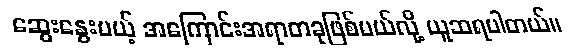
ဆွေးနွေးမယ့် အကြောင်းအရာတခုဖြစ်မယ်လို့ ယူဆရပါတယ်။